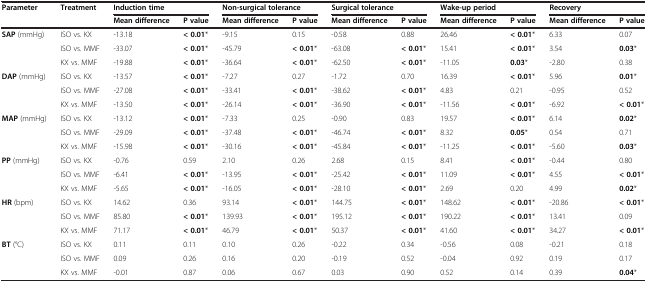
<table><thead><tr><td rowspan="2"><b>Parameter</b></td><td rowspan="2"><b>Treatment</b></td><td colspan="2"><b>Induction time</b></td><td colspan="2"><b>Non-surgical tolerance</b></td><td colspan="2"><b>Surgical tolerance</b></td><td colspan="2"><b>Wake-up period</b></td><td colspan="2"><b>Recovery</b></td></tr><tr><td><b>Mean difference</b></td><td><b>P value</b></td><td><b>Mean difference</b></td><td><b>P value</b></td><td><b>Mean difference</b></td><td><b>P value</b></td><td><b>Mean difference</b></td><td><b>P value</b></td><td><b>Mean difference</b></td><td><b>P value</b></td></tr></thead><tbody><tr><td rowspan="3"><b>SAP</b> (mmHg)</td><td>ISO vs. KX</td><td>-13.18</td><td><b>&lt; 0.01</b>*</td><td>-9.15</td><td>0.15</td><td>-0.58</td><td>0.88</td><td>26.46</td><td><b>&lt; 0.01</b>*</td><td>6.33</td><td>0.07</td></tr><tr><td>ISO vs. MMF</td><td>-33.07</td><td><b>&lt; 0.01</b>*</td><td>-45.79</td><td><b>&lt; 0.01</b>*</td><td>-63.08</td><td><b>&lt; 0.01</b>*</td><td>15.41</td><td><b>&lt; 0.01</b>*</td><td>3.54</td><td><b>0.03</b>*</td></tr><tr><td>KX vs. MMF</td><td>-19.88</td><td><b>&lt; 0.01</b>*</td><td>-36.64</td><td><b>&lt; 0.01</b>*</td><td>-62.50</td><td><b>&lt; 0.01</b>*</td><td>-11.05</td><td><b>0.03</b>*</td><td>-2.80</td><td>0.38</td></tr><tr><td rowspan="3"><b>DAP</b> (mmHg)</td><td>ISO vs. KX</td><td>-13.57</td><td><b>&lt; 0.01</b>*</td><td>-7.27</td><td>0.27</td><td>-1.72</td><td>0.70</td><td>16.39</td><td><b>&lt; 0.01</b>*</td><td>5.96</td><td><b>0.01</b>*</td></tr><tr><td>ISO vs. MMF</td><td>-27.08</td><td><b>&lt; 0.01</b>*</td><td>-33.41</td><td><b>&lt; 0.01</b>*</td><td>-38.62</td><td><b>&lt; 0.01</b>*</td><td>4.83</td><td>0.21</td><td>-0.95</td><td>0.52</td></tr><tr><td>KX vs. MMF</td><td>-13.50</td><td><b>&lt; 0.01</b>*</td><td>-26.14</td><td><b>&lt; 0.01</b>*</td><td>-36.90</td><td><b>&lt; 0.01</b>*</td><td>-11.56</td><td><b>&lt; 0.01</b>*</td><td>-6.92</td><td><b>&lt; 0.01</b>*</td></tr><tr><td rowspan="3"><b>MAP</b> (mmHg)</td><td>ISO vs. KX</td><td>-13.12</td><td><b>&lt; 0.01</b>*</td><td>-7.33</td><td>0.25</td><td>-0.90</td><td>0.83</td><td>19.57</td><td><b>&lt; 0.01</b>*</td><td>6.14</td><td><b>0.02</b>*</td></tr><tr><td>ISO vs. MMF</td><td>-29.09</td><td><b>&lt; 0.01</b>*</td><td>-37.48</td><td><b>&lt; 0.01</b>*</td><td>-46.74</td><td><b>&lt; 0.01</b>*</td><td>8.32</td><td><b>0.05</b>*</td><td>0.54</td><td>0.71</td></tr><tr><td>KX vs. MMF</td><td>-15.98</td><td><b>&lt; 0.01</b>*</td><td>-30.16</td><td><b>&lt; 0.01</b>*</td><td>-45.84</td><td><b>&lt; 0.01</b>*</td><td>-11.25</td><td><b>&lt; 0.01</b>*</td><td>-5.60</td><td><b>0.03</b>*</td></tr><tr><td rowspan="3"><b>PP</b> (mmHg)</td><td>ISO vs. KX</td><td>-0.76</td><td>0.59</td><td>2.10</td><td>0.26</td><td>2.68</td><td>0.15</td><td>8.41</td><td><b>&lt; 0.01</b>*</td><td>-0.44</td><td>0.80</td></tr><tr><td>ISO vs. MMF</td><td>-6.41</td><td><b>&lt; 0.01</b>*</td><td>-13.95</td><td><b>&lt; 0.01</b>*</td><td>-25.42</td><td><b>&lt; 0.01</b>*</td><td>11.09</td><td><b>&lt; 0.01</b>*</td><td>4.55</td><td><b>&lt; 0.01</b>*</td></tr><tr><td>KX vs. MMF</td><td>-5.65</td><td><b>&lt; 0.01</b>*</td><td>-16.05</td><td><b>&lt; 0.01</b>*</td><td>-28.10</td><td><b>&lt; 0.01</b>*</td><td>2.69</td><td>0.20</td><td>4.99</td><td><b>0.02</b>*</td></tr><tr><td rowspan="3"><b>HR</b> (bpm)</td><td>ISO vs. KX</td><td>14.62</td><td>0.36</td><td>93.14</td><td><b>&lt; 0.01</b>*</td><td>144.75</td><td><b>&lt; 0.01</b>*</td><td>148.62</td><td><b>&lt; 0.01</b>*</td><td>-20.86</td><td><b>&lt; 0.01</b>*</td></tr><tr><td>ISO vs. MMF</td><td>85.80</td><td><b>&lt; 0.01</b>*</td><td>139.93</td><td><b>&lt; 0.01</b>*</td><td>195.12</td><td><b>&lt; 0.01</b>*</td><td>190.22</td><td><b>&lt; 0.01</b>*</td><td>13.41</td><td>0.09</td></tr><tr><td>KX vs. MMF</td><td>71.17</td><td><b>&lt; 0.01</b>*</td><td>46.79</td><td><b>&lt; 0.01</b>*</td><td>50.37</td><td><b>&lt; 0.01</b>*</td><td>41.60</td><td><b>&lt; 0.01</b>*</td><td>34.27</td><td><b>&lt; 0.01</b>*</td></tr><tr><td rowspan="3"><b>BT</b> (°C)</td><td>ISO vs. KX</td><td>0.11</td><td>0.11</td><td>0.10</td><td>0.26</td><td>-0.22</td><td>0.34</td><td>-0.56</td><td>0.08</td><td>-0.21</td><td>0.18</td></tr><tr><td>ISO vs. MMF</td><td>0.09</td><td>0.26</td><td>0.16</td><td>0.20</td><td>-0.19</td><td>0.52</td><td>-0.04</td><td>0.92</td><td>0.19</td><td>0.17</td></tr><tr><td>KX vs. MMF</td><td>-0.01</td><td>0.87</td><td>0.06</td><td>0.67</td><td>0.03</td><td>0.90</td><td>0.52</td><td>0.14</td><td>0.39</td><td><b>0.04</b>*</td></tr></tbody></table>